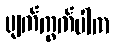
ပျက်ကွက်ပါက